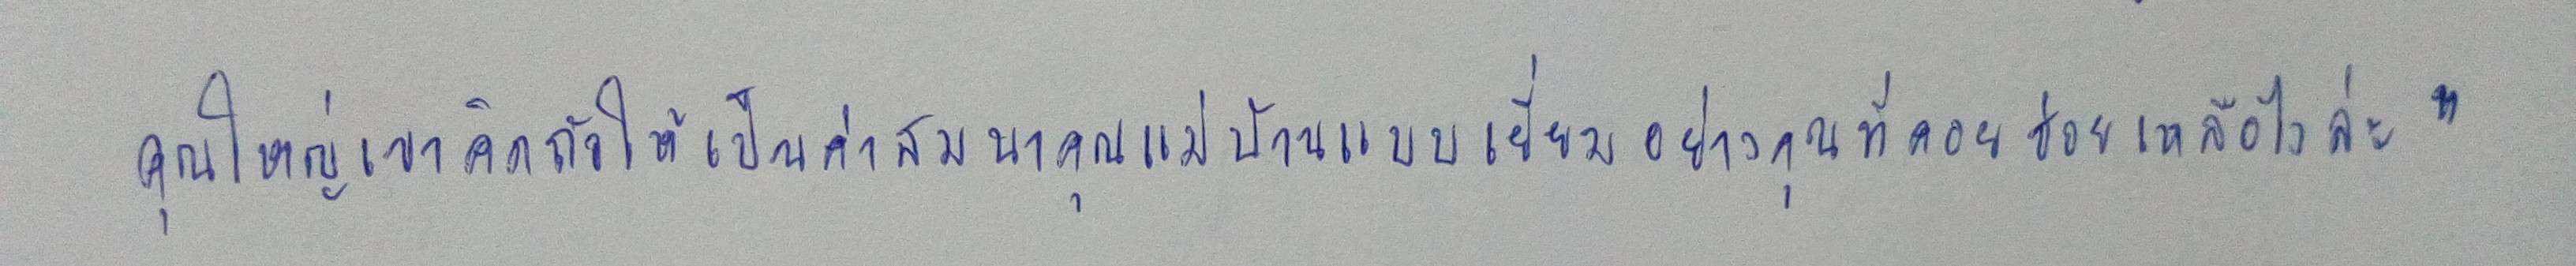
คุณใหญ่เขาคิดถัวให้เป็นค่าสมนาคุณแม่บ้านแบบเยี่ยมอย่างคุณที่คอยช่วยเหลือไงล่ะ"